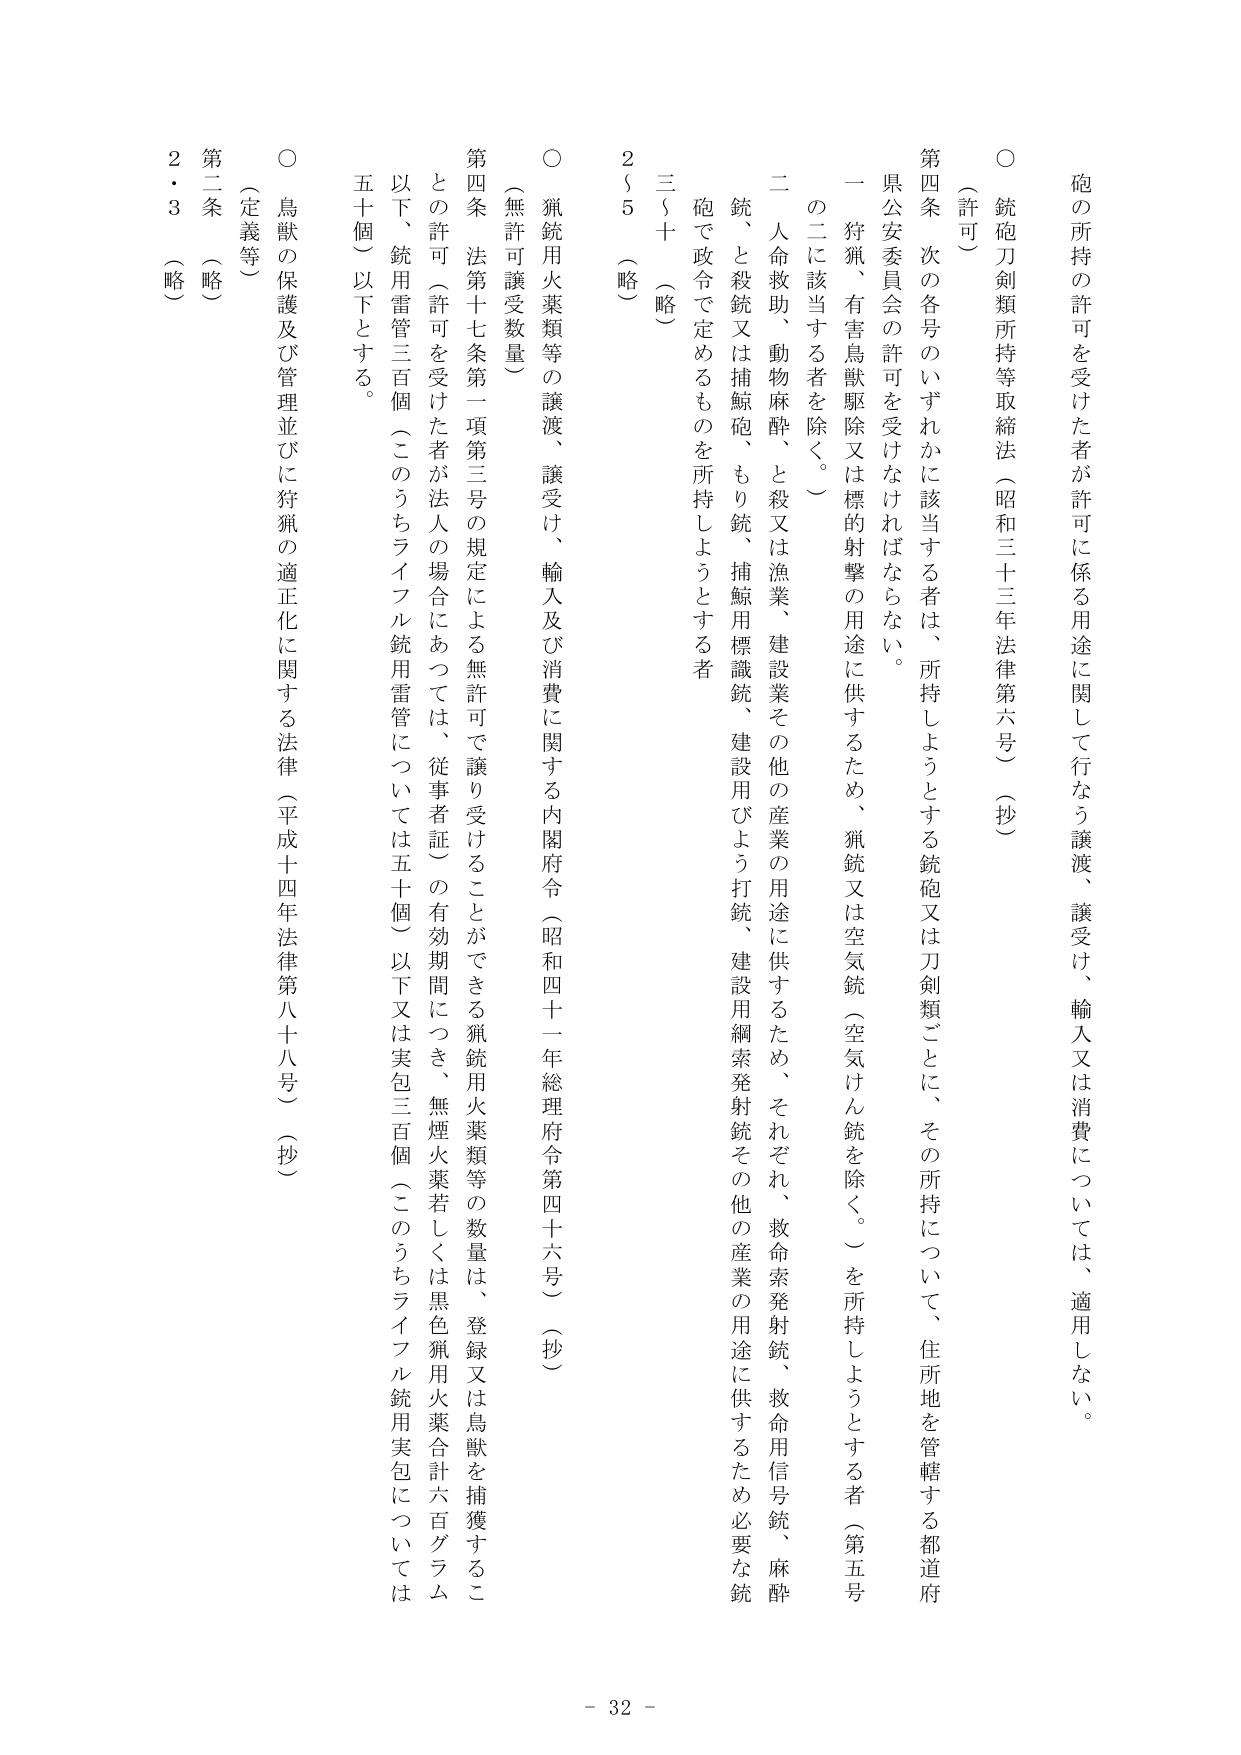
砲の所持の許可を受けた者が許可に係る用途に関して行なう譲渡、譲受け、輸入又は消費については、適用しない。

○ 銃砲刀剣類所持等取締法（昭和三十三年法律第六号）（抄）

（許可）

第四条 次の各号のいずれかに該当する者は、所持しようとする銃砲又は刀剣類ごとに、その所持について、住所地を管轄する都道府県公安委員会の許可を受けなければならない。

一 狩猟、有害鳥獣駆除又は標的射撃の用途に供するため、猟銃又は空気銃（空気けん銃を除く。）を所持しようとする者（第五号の二に該当する者を除く。）

二 人命救助、動物麻酔、と殺又は漁業、建設業その他の産業の用途に供するため、それぞれ、救命索発射銃、救命用信号銃、麻酔銃、と殺銃又は捕鯨砲、もり銃、捕鯨用標識銃、建設用びよう打銃、建設用綱索発射銃その他の産業の用途に供するため必要な銃砲で政令で定めるものを所持しようとする者

三～十 （略）

2～5 （略）

○ 猟銃用火薬類等の譲渡、譲受け、輸入及び消費に関する内閣府令（昭和四十一年総理府令第四十六号）（抄）

（無許可譲受数量）

第四条 法第十七条第一項第三号の規定による無許可で譲り受けることができる猟銃用火薬類等の数量は、登録又は鳥獣を捕獲することの許可（許可を受けた者が法人の場合にあっては、従事者証）の有効期間につき、無煙火薬若しくは黒色猟用火薬合計六百グラム以下、銃用雷管三百個（このうちライフル銃用雷管については五十個）以下又は実包三百個（このうちライフル銃用実包については五十個）以下とする。

○ 鳥獣の保護及び管理並びに狩猟の適正化に関する法律（平成十四年法律第八十八号）（抄）

（定義等）

第二条 （略）

2・3 （略）

- 32 -